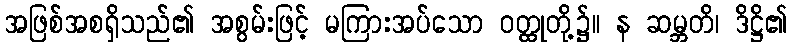
အဖြစ်အစရှိသည်၏ အစွမ်းဖြင့် မကြားအပ်သော ဝတ္ထုတို့၌။ န ဆမ္ဘတိ၊ ဒိဋ္ဌိ၏